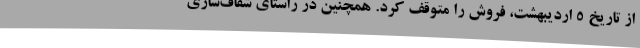
از تاریخ ۵ اردیبهشت، فروش را متوقف کرد. همچنین در راستای شفاف‌سازی